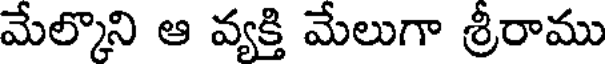
మేల్కొని ఆ వ్యక్తి మేలుగా శ్రీరాము